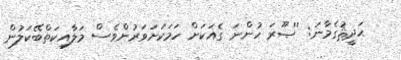
ޙަދީޘުގެމާނަ: ''ޞޫރަ ހުންނަ ގެއަކަށް ހަމަކަށަވަރުންވެސް މަލާއިކަތްބޭކަލުން